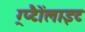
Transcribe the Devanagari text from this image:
ग्र्प्टैैोंलाइट